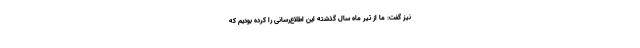
نیز گفت: ما از تیر ماه سال گذشته این اطلاع‌رسانی را کرده بودیم که